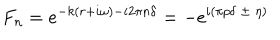
LaTeX: F _ { n } = e ^ { - k ( r + i \omega ) - i 2 \pi n \delta } = - e ^ { i ( \pi p \delta \ \pm \ \eta ) }